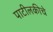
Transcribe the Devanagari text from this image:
पाटीलकीचे